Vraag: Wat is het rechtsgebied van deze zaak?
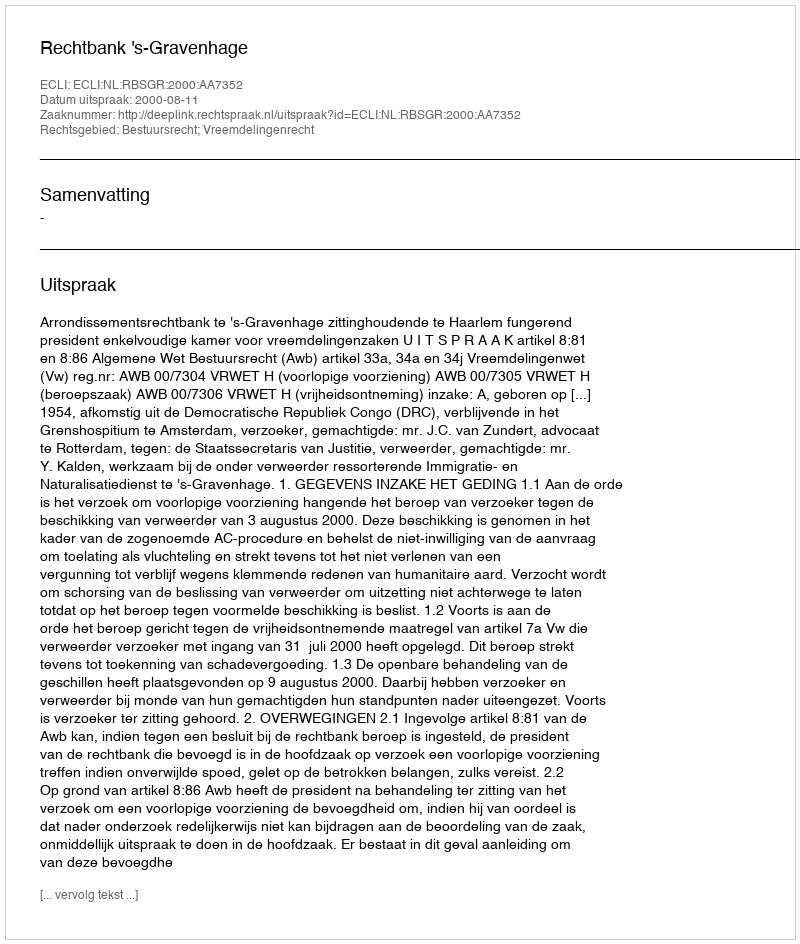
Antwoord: Bestuursrecht; Vreemdelingenrecht